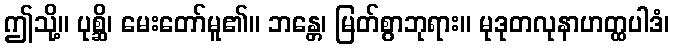
ဤသို့။ ပုစ္ဆိ၊ မေးတော်မူ၏။ ဘန္တေ၊ မြတ်စွာဘုရား။ မုဒုတလုနာဟတ္ထပါဒံ၊